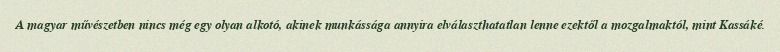
A magyar művészetben nincs még egy olyan alkotó, akinek munkássága annyira elválaszthatatlan lenne ezektől a mozgalmaktól, mint Kassáké.